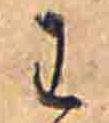
わ